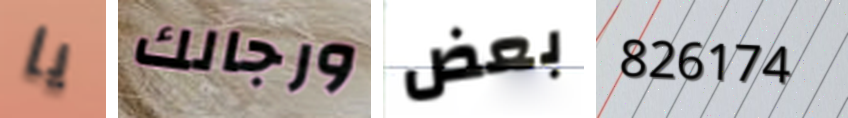
يا ورجالك بعض 826174